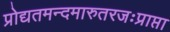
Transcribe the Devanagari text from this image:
प्रोद्यतमन्दमारुतरजःप्राप्ता